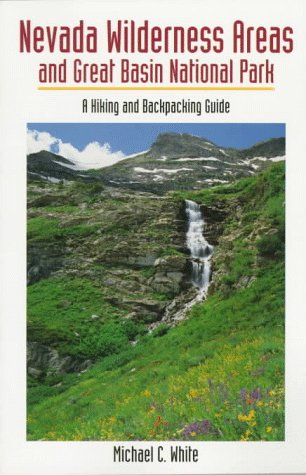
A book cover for Nevada Wilderness Areas and Great Basin National Park: A Hiking and Backpacking Guide; Michael C. White; Travel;